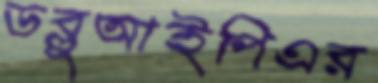
ডব্লুআইপিএর